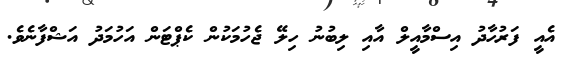
އެއީ ފަރުހާދު އިސްމާއީލް އާއި ލިބުނު ހިލޭ ޖެހުމަކުން ކެޕްޓަން އަހުމަދު އަޝްފާނެވެ.